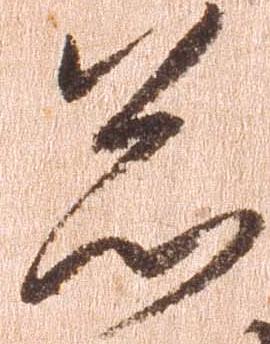
忩